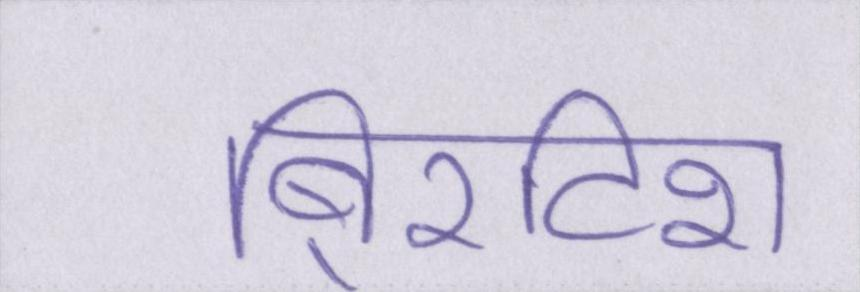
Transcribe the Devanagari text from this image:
बि्रटिश